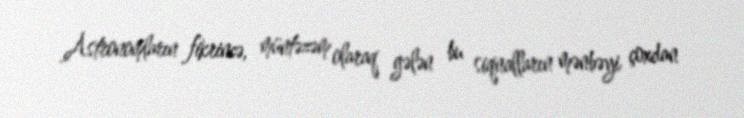
Astronomların fikrincə, müntəzəm olaraq gələn bu siqnalların mənbəyi çoxdan